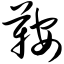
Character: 鞍